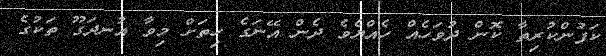
ކަފުންކުރިތާ ކޮން ދުވަހެއް ހެއްޔެވެ ދެން އޭނަގެ ހިތަށް މިވާ އުނދަގޫ ތަކުގެ